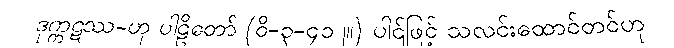
ဒုက္ကဋဿ-ဟု ပါဠိတော် (ဝိ-၃-၄၁၂။) ပါဌ်ဖြင့် သလင်းထောင်တင်ဟု